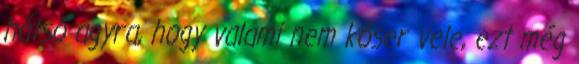
hátsó agyra, hogy valami nem kóser vele, ezt még